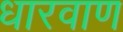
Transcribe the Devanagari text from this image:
धारवाण